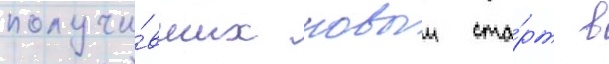
получи́вших новыи ста́рт в